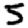
Digit: 5